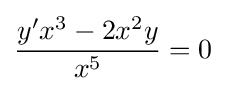
{\frac {y'x^{3}-2x^{2}y}{x^{5}}}=0